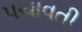
પચાવતી